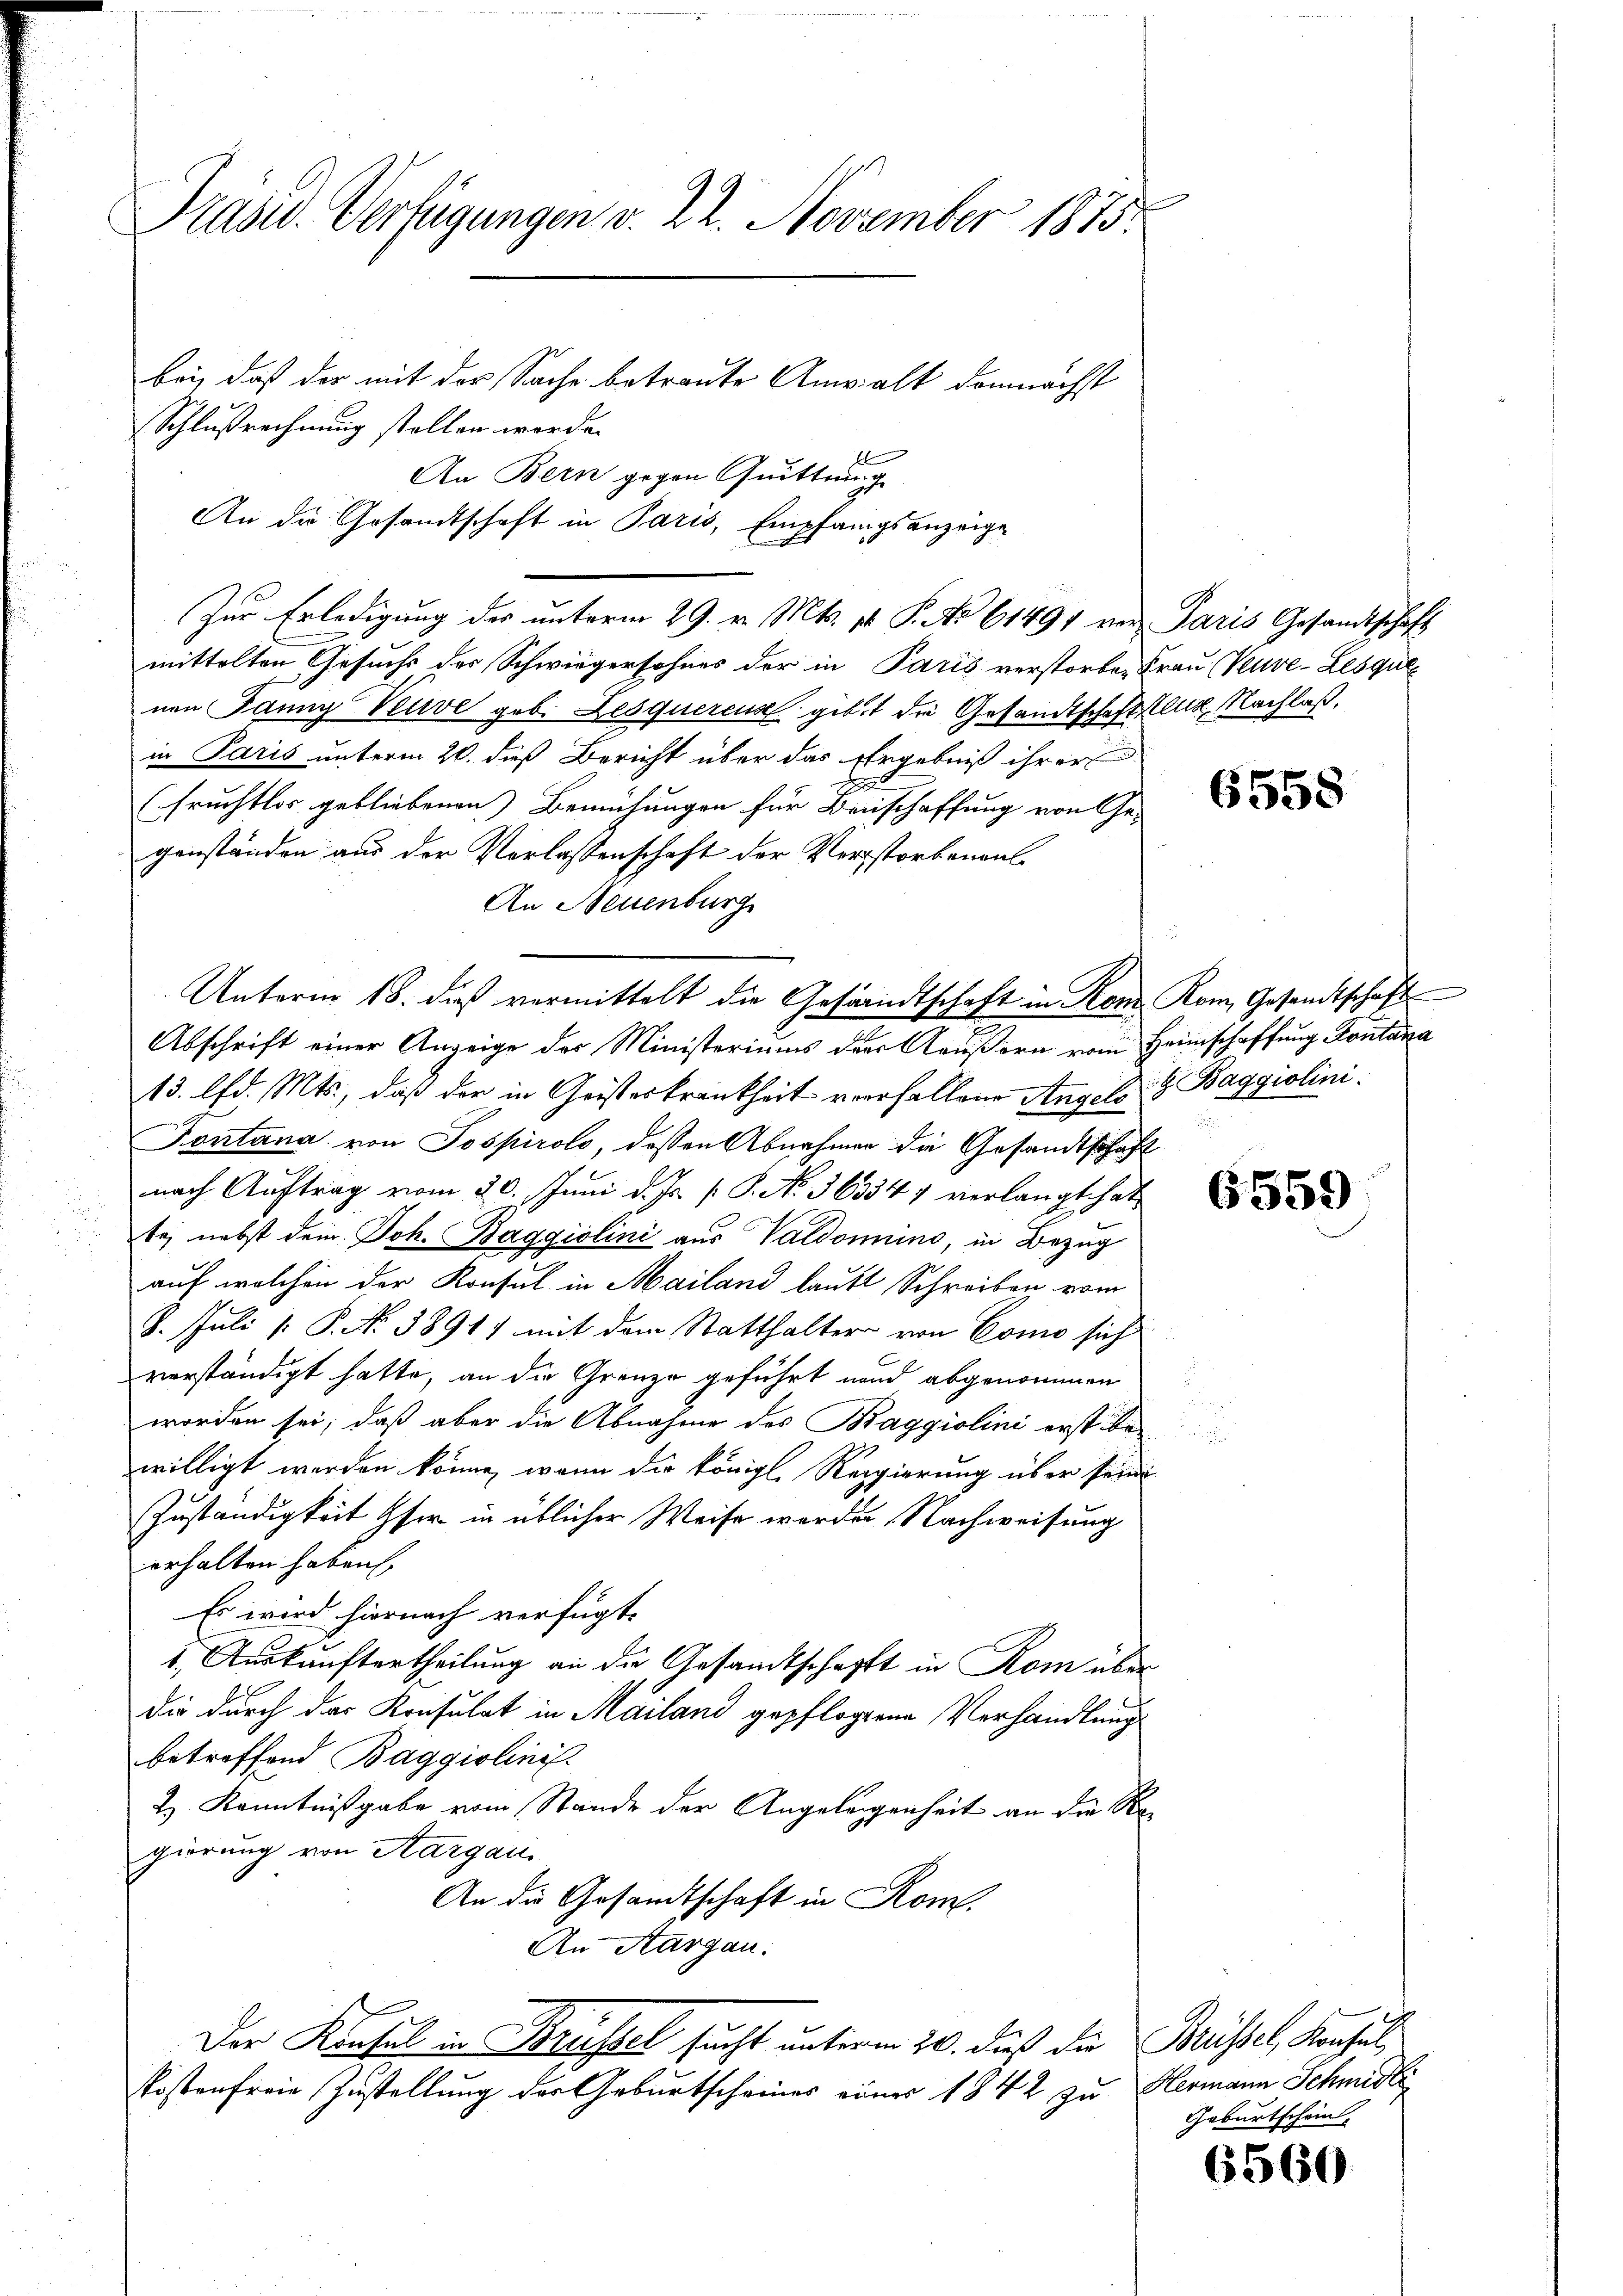
Präsid. Verfügungen v. 22. November 1875.

bei, daß der mit der Sache betreute Anwalt demnächst
Schlußrechnung stellen werde.
An die Gesandtschaft in Paris, Empfangsanzeige
mittelten Gesuchs des Schwiegersohnes der in Paris verstorben Frau (Veuve-Lesque
nen Panny Neuve geb. Lesquerens gibt die Gesandtschaftstung Nachlaß,
in Paris unterm 20. dieß Bericht über das Ergebniß ihrer
e
Fruchtlos gebliebenen Bemühungen für Beischaffung von Ge-
genständen aus der Verlassenschaft der Verstorbenanl
An Neuenburg
13. lfd. Mts., daß der in Geisteskrankheit verhaltene Angels 8 Baggiolini¬
Fontana von Pospirolo, dessen Abnahmen die Gesandtschäft
nach Auftrag vom 20. Juni d. Js. [ P. No. 363347 verlangt hat,
te, nebst dem Joh. Baggiolini aus Valdomins, in Bezug
auf welchen der Konsul in Mailand lauft Schreiben vom
8. Juli [: P. NNo. 38917 mit dem Statthalter von Como sich
verständigt hatte, an die Grenze geführt und abgenommen
worden sei; daß aber die Abnahme des Braggiolini erst bewilligt werden könne, wenn die königl. Regierung über seine
Zuständigkeit her in üblicher Weise werden Nachweisung
erhalten haben.
Es wird hiernach verfügt:
1. Auskunftertheilung an die Gesandtschafft in Rom über
Die durch das Konsulat in Mailand gepflogene Verhandlung
betreffend Baggiolinis
2.) Kenntnißgabe vom Stande der Angelegenheit an die Regierung von Aargau
An die Gesandtschaft in Rom.
An Aargau.
Der Konsul in Brüssel sucht unterm 20. dieß die Brüssel, Konsul
kostenfreie Zustellung der Geburtscheines einer 1842 zu Hermann Schmidli¬

An Bern gegen Quittung
Zur Erledigung des unterm 29. v. Mts. 1t P. No 61491 von Paris Gesandtschaft

Unterm 18. daβ vermittelt die Gesandtschaft in Kons Rom, Gesandtschaft
Abschrift einer Anzeige der Ministeriums der Aeußern vom Heimschaffung Kontana

6558

6559

Geburtschein

6560